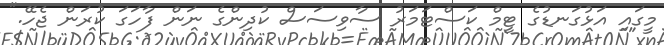
މީގައި އަޅުގަނޑުގެ ޓީމް ކަސްޓަމަރު ސާވިސަސް ކުދިންގެ ނަން ފާހަގަ ކުރަން ޖެހޭ."